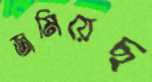
জমিয়েছ